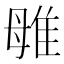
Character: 𨾥